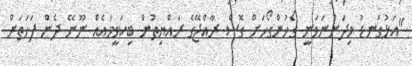
"އަޅުގަނޑު މިދަންނަވަނީ ގޯހުންގޯހަށް ގޮސް ރާއްޖޭގެ ރައްޔިތުން ބިކަވީމައެއް ނޫނޭ ދެން ފަހަތަށް